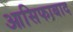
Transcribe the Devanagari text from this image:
आसिफाबाद